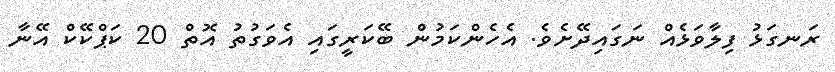
ރަނގަޅު ފިލާވަޅެއް ނަގައިދޭށެވެ. އެހެންކަމުން ބޭކަރީގައި އެވަގުތު އޮތް 20 ކަޕްކޭކް އޭނާ